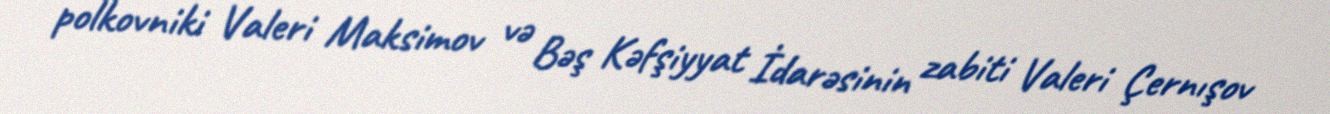
polkovniki Valeri Maksimov və Bəş Kəfşiyyat İdarəsinin zabiti Valeri Çernışov